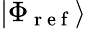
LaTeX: |\Phi_{\mathrm{~r~e~f~}}\rangle